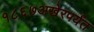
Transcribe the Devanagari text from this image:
१८६७अखेरपर्यंत